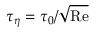
\tau _ { \eta } = \tau _ { 0 } / \sqrt \mathrm { R e }